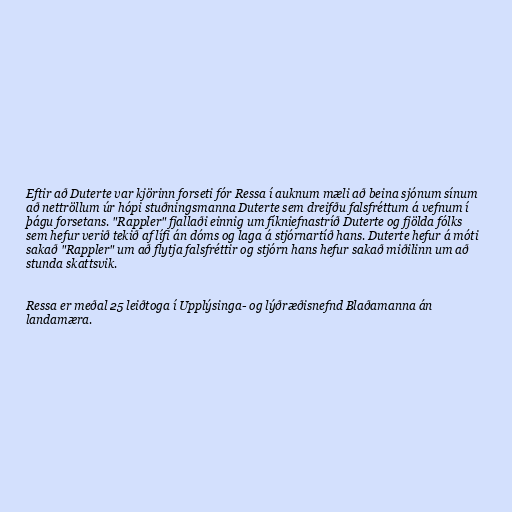
Eftir að Duterte var kjörinn forseti fór Ressa í auknum mæli að beina sjónum sínum
að nettröllum úr hópi stuðningsmanna Duterte sem dreifðu falsfréttum á vefnum í
þágu forsetans. "Rappler" fjallaði einnig um fíkniefnastríð Duterte og fjölda fólks
sem hefur verið tekið af lífi án dóms og laga á stjórnartíð hans. Duterte hefur á móti
sakað "Rappler" um að flytja falsfréttir og stjórn hans hefur sakað miðilinn um að
stunda skattsvik.

Ressa er meðal 25 leiðtoga í Upplýsinga- og lýðræðisnefnd Blaðamanna án
landamæra.